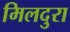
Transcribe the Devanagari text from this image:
मिलदुरा